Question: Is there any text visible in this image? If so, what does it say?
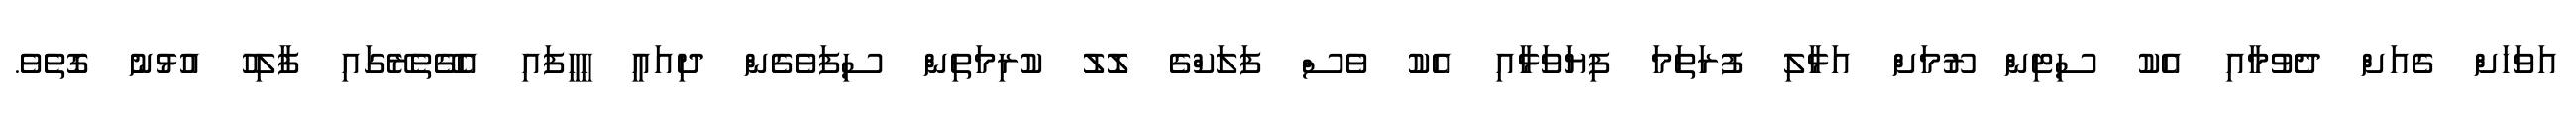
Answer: އަވަހަށް ގެއަށް ދެވުމާއި އެކު ސިޓިން ރޫމަށް އަޅާލި ފުރަތަމަ ފިޔަވަޅާއި އެކު ވެސް ފަލަކްގެ ލޮލު ކުރިމަތިން ސިފަވެގެން ދިއައީ ހީހީފައި އެގޭތެރޭގައި ފާލިހު އުޅުނު ގޮތެވެ.